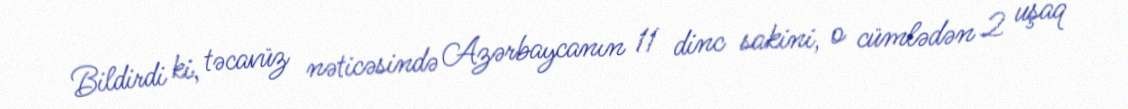
Bildirdi ki, təcavüz nəticəsində Azərbaycanın 11 dinc sakini, o cümlədən 2 uşaq